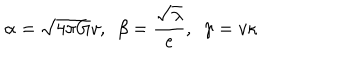
LaTeX: \alpha = \sqrt { 4 \pi G } v , \ \ \beta = \frac { \sqrt { \lambda } } { e } , \ \ \gamma = v \kappa